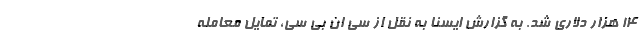
۱۴ هزار دلاری شد. به گزارش ایسنا به نقل از سی ان بی سی، تمایل معامله